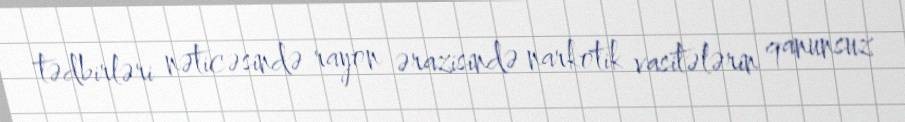
tədbirləri nəticəsində rayon ərazisində narkotik vasitələrin qanunsuz